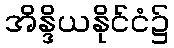
အိန္ဒိယနိုင်ငံ၌